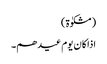
(مشکوٰۃ)
اذا کان یوم عیدھم۔